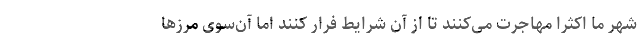
شهر ما اکثرا مهاجرت می‌کنند تا از آن شرایط فرار کنند اما آن‌سوی مرزها